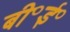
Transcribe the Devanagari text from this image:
बी॰ई॰